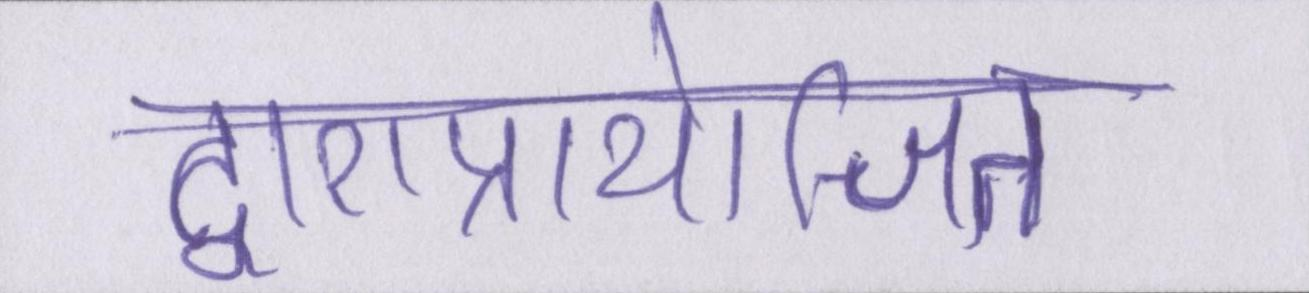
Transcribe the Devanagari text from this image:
द्वाराप्रायोजित